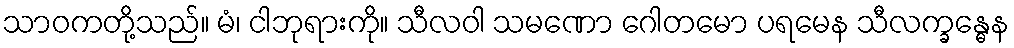
သာဝကတို့သည်။ မံ၊ ငါဘုရားကို။ သီလဝါ သမဏော ဂေါတမော ပရမေန သီလက္ခန္ဓေန